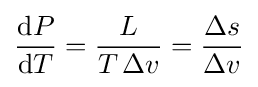
{\frac {\mathrm {d} P}{\mathrm {d} T}}={\frac {L}{T\,\Delta v}}={\frac {\Delta s}{\Delta v}}